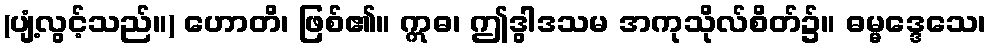
(ပျံ့လွင့်သည်။) ဟောတိ၊ ဖြစ်၏။ ဣဓ၊ ဤဒွါဒသမ အကုသိုလ်စိတ်၌။ ဓမ္မဒ္ဒေသေ၊